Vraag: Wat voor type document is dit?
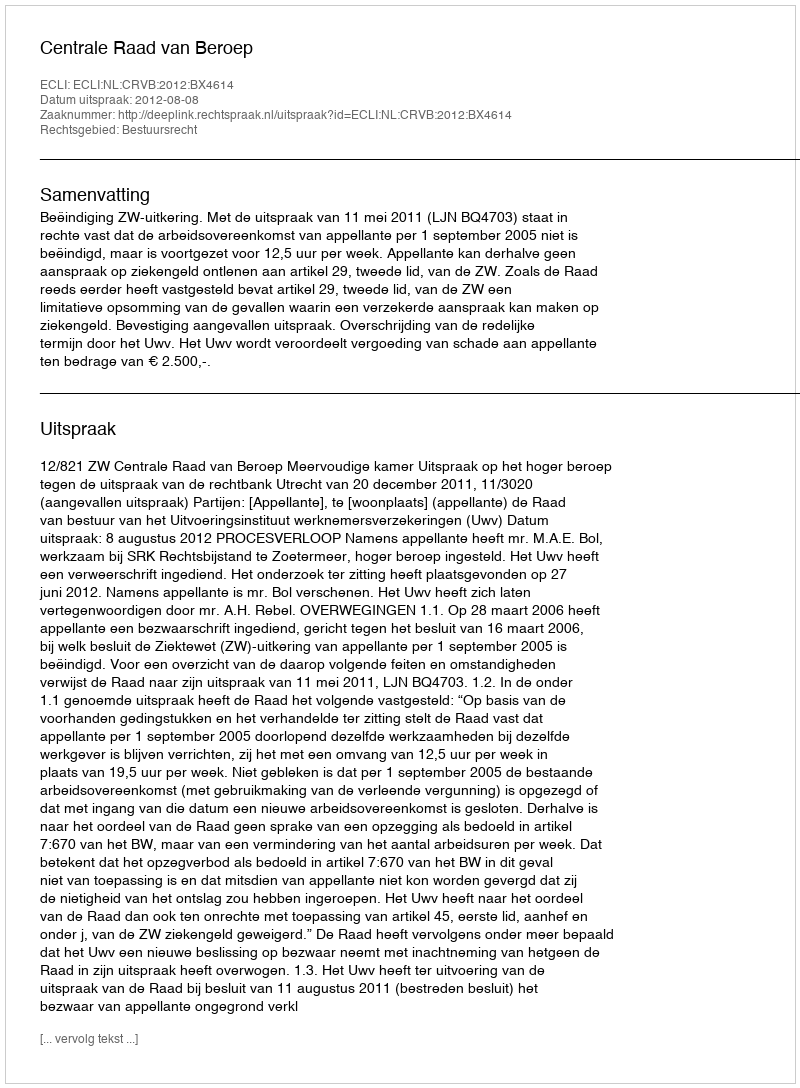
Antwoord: Uitspraak